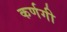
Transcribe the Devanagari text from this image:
कर्णगी